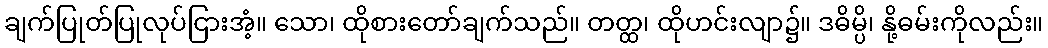
ချက်ပြုတ်ပြုလုပ်ငြားအံ့။ သော၊ ထိုစားတော်ချက်သည်။ တတ္ထ၊ ထိုဟင်းလျာ၌။ ဒဓိမ္ပိ၊ နို့ဓမ်းကိုလည်း။